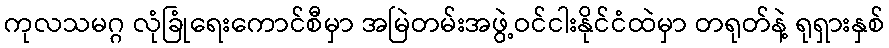
ကုလသမဂ္ဂ လုံခြုံရေးကောင်စီမှာ အမြဲတမ်းအဖွဲ့ဝင်ငါးနိုင်ငံထဲမှာ တရုတ်နဲ့ ရုရှားနှစ်